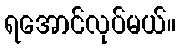
ရအောင်လုပ်မယ်။